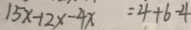
1 5 x - 1 2 x - 4 x = 4 + 6 - 4